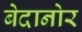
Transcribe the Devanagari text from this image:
बेदानोर